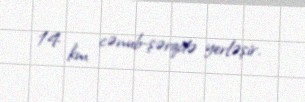
14 km cənub-şərqdə yerləşir.